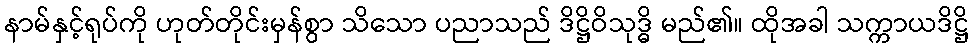
နာမ်နှင့်ရုပ်ကို ဟုတ်တိုင်းမှန်စွာ သိသော ပညာသည် ဒိဋ္ဌိဝိသုဒ္ဓိ မည်၏။ ထိုအခါ သက္ကာယဒိဋ္ဌိ